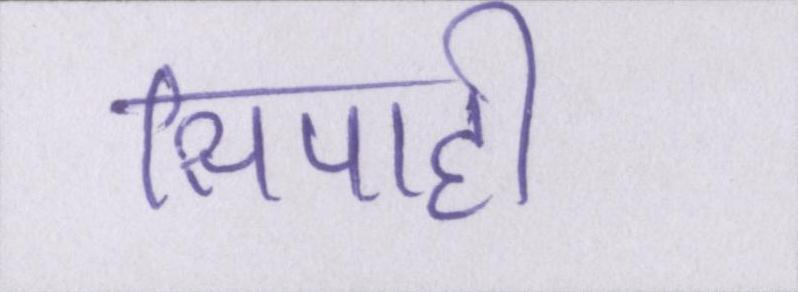
सिपाही